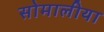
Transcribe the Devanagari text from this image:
सोमालीया